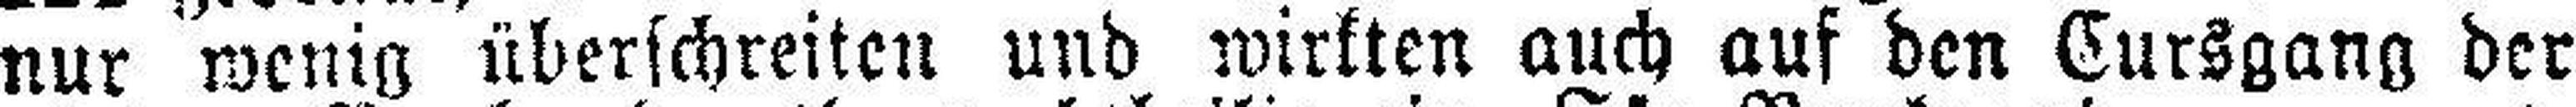
nur wenig überschreiten und wirkten auch auf den Cursgang der